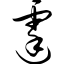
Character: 霆